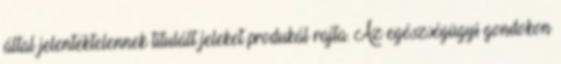
által jelentéktelennek titulált jeleket produkál rajta. Az egészségügyi gondokon